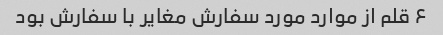
۶ قلم از موارد مورد سفارش مغایر با سفارش بود